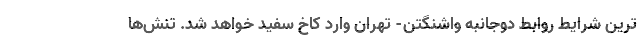
ترین شرایط روابط دوجانبه واشنگتن- تهران وارد کاخ سفید خواهد شد. تنش‌ها